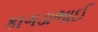
કાગડાભાઈ